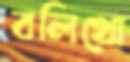
বলিথো